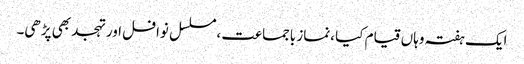
ایک ہفتہ وہاں قیام کیا ،نماز باجماعت ،مسلسل نوافل اور تہجد بھی پڑھی۔